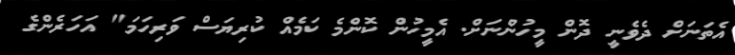
އެތަނަށް ދެވެނީ ދޮން މީހުންނަށް. އެމީހުން ކޮންމެ ކަމެއް ކުރިޔަސް ވަރިހަމަ" އަހަރެންގެ